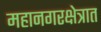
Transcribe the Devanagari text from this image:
महानगरक्षेत्रात